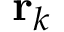
\mathbf { r } _ { k }